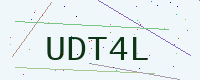
Text: UDT4L